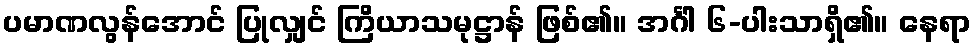
ပမာဏလွန်အောင် ပြုလျှင် ကြိယာသမုဋ္ဌာန် ဖြစ်၏။ အင်္ဂါ ၆-ပါးသာရှိ၏။ နေရာ